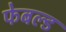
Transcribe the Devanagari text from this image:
फेबल्ड